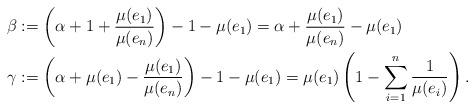
LaTeX: \begin{align*}\beta&:= \left(\alpha+ 1 + \frac{\mu(e_1)}{\mu(e_n)}\right) - 1- \mu(e_1) = \alpha + \frac{\mu(e_1)}{\mu(e_n)} - \mu(e_1)\\\gamma&:= \left(\alpha + \mu(e_1)-\frac{\mu(e_1)}{\mu(e_n)}\right) - 1 - \mu(e_1) = \mu(e_1)\left( 1- \sum_{i=1}^n \frac{1}{\mu(e_i)}\right).\end{align*}